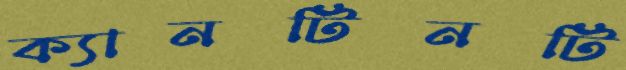
ক্যানটিনটি